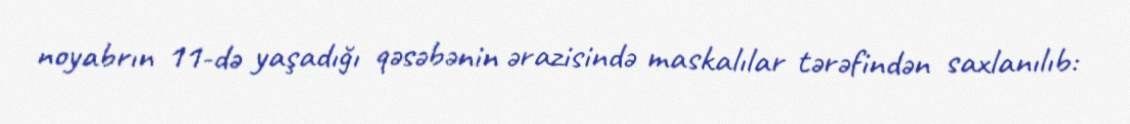
noyabrın 11-də yaşadığı qəsəbənin ərazisində maskalılar tərəfindən saxlanılıb: